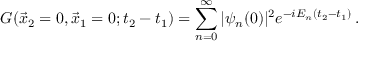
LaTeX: G ( \vec { x } _ { 2 } = 0 , \vec { x } _ { 1 } = 0 ; t _ { 2 } - t _ { 1 } ) = \sum _ { n = 0 } ^ { \infty } | \psi _ { n } ( 0 ) | ^ { 2 } e ^ { - i E _ { n } ( t _ { 2 } - t _ { 1 } ) } \, .